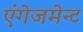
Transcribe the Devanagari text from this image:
एंगेजमेन्ट